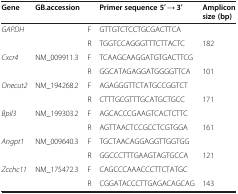
| Gene | GB.accession |  | Primer sequence 5′ → 3′ | Amplicon size (bp) |
 | --- | --- | --- | --- | --- |
 | GAPDH |  | F | GTTGTCTCCTGCGACTTCA |  |
 |  |  | R | TGGTCCAGGGTTTCTTACTC | 182 |
 | Cxcr4 | NM_009911.3 | F | TCAAGCAAGGATGTGACTTCG |  |
 |  |  | R | GGCATAGAGGATGGGGTTCA | 101 |
 | Onecut2 | NM_194268.2 | F | AGAGGGTTCTATGCCGGTCT |  |
 |  |  | R | CTTTGCGTTTGCATGCTGCC | 171 |
 | Bpil3 | NM_199303.2 | F | AGCACCCGAAGTCACTCTTC |  |
 |  |  | R | AGTTAACTCCGCCTCGTGGA | 161 |
 | Angpt1 | NM_009640.3 | F | TGCTAACAGGAGGTTGGTGG |  |
 |  |  | R | GGCCCTTTGAAGTAGTGCCA | 121 |
 | Zcchc11 | NM_175472.3 | F | CAGCCCAAACCCTTCTATGC |  |
 |  |  | R | CGGATACCCTTGAGACAGCAG | 143 |